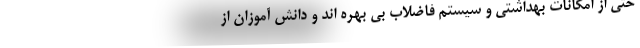
حتی از امکانات بهداشتی و سیستم فاضلاب بی بهره اند و دانش آموزان از